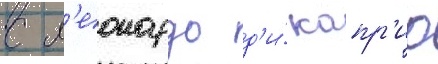
с л'еонардо д'и́ капр'ио